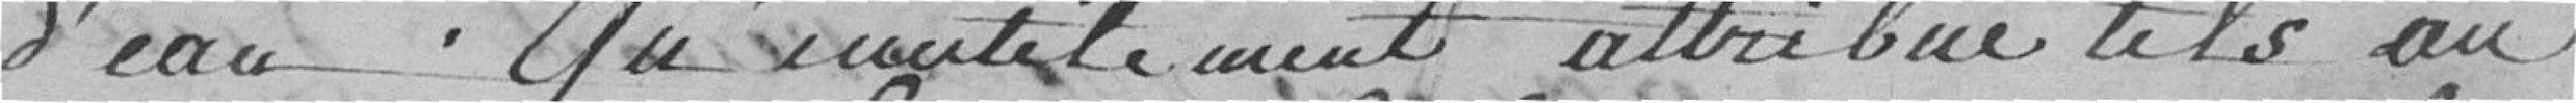
d'eau. Qu'inutilement attribue t'ils au